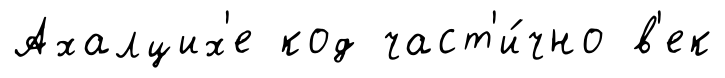
Ахалцих'е код част'и́чно в'ек